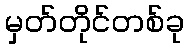
မှတ်တိုင်တစ်ခု